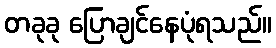
တခုခု ပြောချင်နေပုံရသည်။